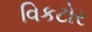
વિકટોર